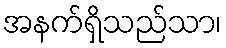
အနက်ရှိသည်သာ၊